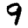
Digit: 9